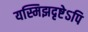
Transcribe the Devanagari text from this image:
यस्मिझदृष्टेऽपि